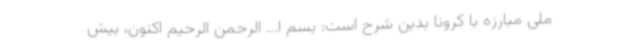
ملی مبارزه با کرونا بدین شرح است: بسم ا... الرحمن الرحیم اکنون، بیش